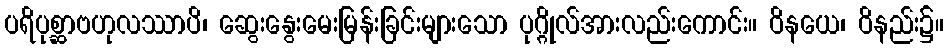
ပရိပုစ္ဆာဗဟုလဿာပိ၊ ဆွေးနွေးမေးမြန်းခြင်းများသော ပုဂ္ဂိုလ်အားလည်းကောင်း။ ဝိနယေ၊ ဝိနည်း၌။